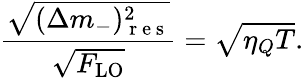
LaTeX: \frac{\sqrt{(\Delta m_{-})_{\mathrm{~r~e~s~}}^{2}}}{\sqrt{F_{\mathrm{LO}}}}=\sqrt{\eta_{Q}T}.